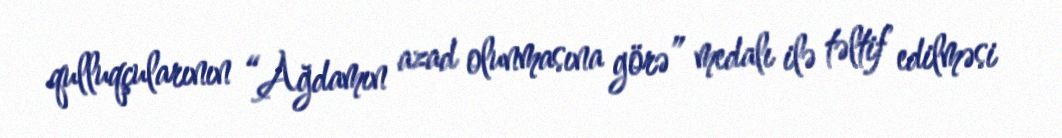
qulluqçularının “Ağdamın azad olunmasına görə” medalı ilə təltif edilməsi